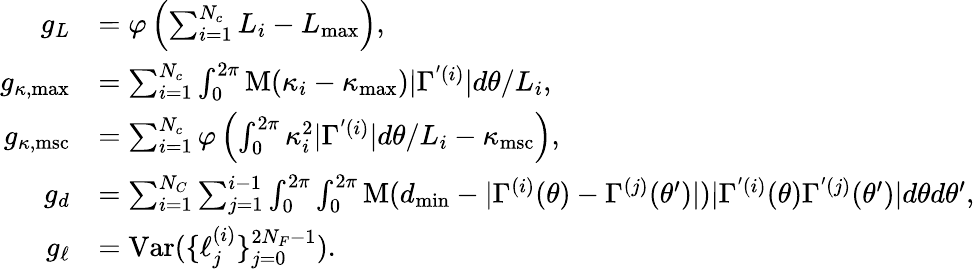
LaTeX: \begin{array}{rl}{g_{L}}&{=\varphi\left(\sum_{i=1}^{N_{c}}L_{i}-L_{\mathrm{max}}\right),}\\ {g_{\kappa,\mathrm{max}}}&{=\sum_{i=1}^{N_{c}}\int_{0}^{2\pi}\mathrm{M}(\kappa_{i}-\kappa_{\mathrm{max}})|\Gamma^{'(i)}|d\theta/L_{i},}\\ {g_{\kappa,\mathrm{msc}}}&{=\sum_{i=1}^{N_{c}}\varphi\left(\int_{0}^{2\pi}\kappa_{i}^{2}|\Gamma^{'(i)}|d\theta/L_{i}-\kappa_{\mathrm{msc}}\right),}\\ {g_{d}}&{=\sum_{i=1}^{N_{C}}\sum_{j=1}^{i-1}\int_{0}^{2\pi}\int_{0}^{2\pi}\mathrm{M}(d_{\mathrm{min}}-|\Gamma^{(i)}(\theta)-\Gamma^{(j)}(\theta^{\prime})|)|\Gamma^{'(i)}(\theta)\Gamma^{'(j)}(\theta^{\prime})|d\theta d\theta^{\prime},}\\ {g_{\ell}}&{=\mathrm{Var}(\{ \ell_{j}^{(i)}\} _{j=0}^{2N_{F}-1}).}\end{array}